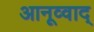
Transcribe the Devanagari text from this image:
आनूव्वाद्